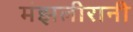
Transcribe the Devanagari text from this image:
मंझलीरानी